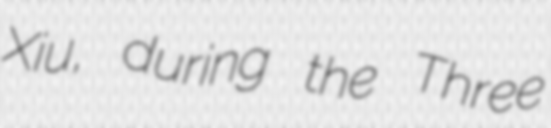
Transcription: Xiu, during the Three